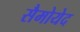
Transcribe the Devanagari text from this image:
सैमोयेद